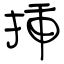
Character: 挿